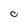
Character: c